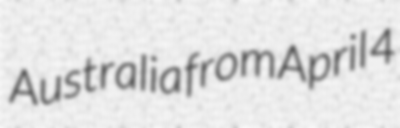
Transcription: Australia from April 4